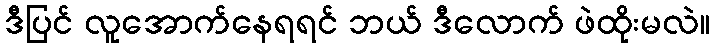
ဒီပြင် လူအောက်နေရရင် ဘယ် ဒီလောက် ဖဲထိုးမလဲ။